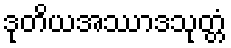
ဒုတိယအဿာဒသုတ္တံ